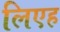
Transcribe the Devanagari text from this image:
लिएह